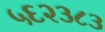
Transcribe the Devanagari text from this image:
५६२३८३